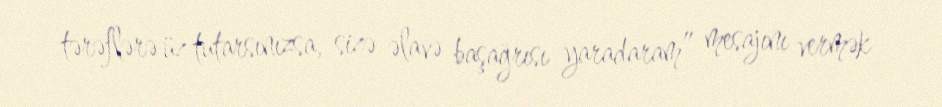
tərəflərə üz tutarsınızsa, sizə əlavə başağrısı yaradaram” mesajını vermək